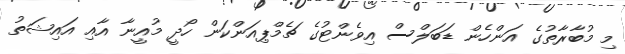
މި މުބާރާތުގެ އަންހެން ޑަބަލްސް އިވެންޓުގެ ޗެމްޕިއަންކަން ހޯދީ މުއީނާ އާއި އައިޝަތު